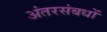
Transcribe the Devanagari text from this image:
अंतरसंबधों